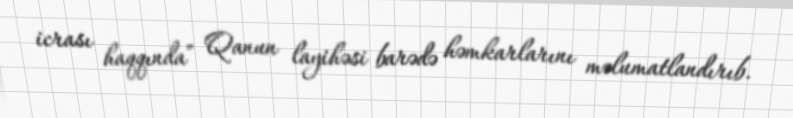
icrası haqqında” Qanun layihəsi barədə həmkarlarını məlumatlandırıb.